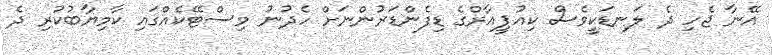
އޭނާ ޖެހި ދެ ލަނޑަކީވެސް ކިއުޕީއާރްގެ ޑިފެންޑަރުންނަށް ހެދުނު މިސްޓޭކެއްގައި ކާމިޔާބުކުރި ދެ